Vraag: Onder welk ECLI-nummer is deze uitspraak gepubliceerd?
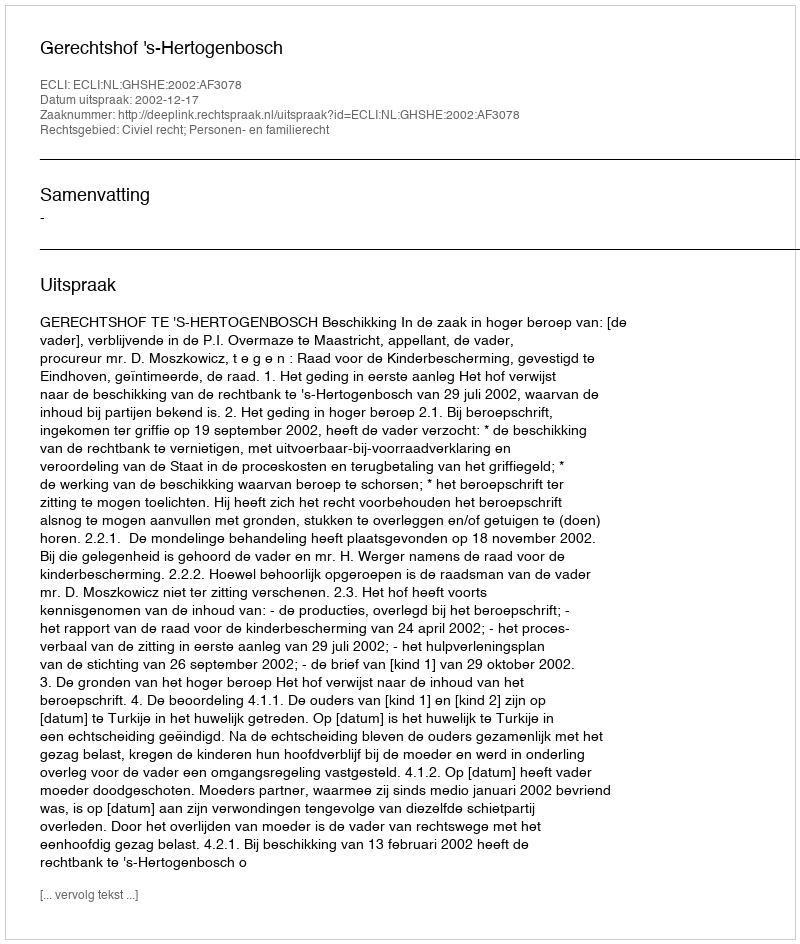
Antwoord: ECLI:NL:GHSHE:2002:AF3078